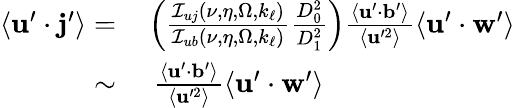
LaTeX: \begin{array}{rl}{\left\langle\mathbf{u}^{\prime}\cdot\mathbf{j}^{\prime}\right\rangle=}&{{}\left(\frac{\mathcal{I}_{uj}\left(\nu,\eta,\Omega,k_{\ell}\right)}{\mathcal{I}_{ub}\left(\nu,\eta,\Omega,k_{\ell}\right)}\frac{D_{0}^{2}}{D_{1}^{2}}\right)\frac{\left\langle\mathbf{u}^{\prime}\cdot\mathbf{b}^{\prime}\right\rangle}{\left\langle\mathbf{u}^{\prime 2}\right\rangle}\left\langle\mathbf{u}^{\prime}\cdot\mathbf{w}^{\prime}\right\rangle}\\ {\sim}&{{}\, \, \frac{\left\langle\mathbf{u}^{\prime}\cdot\mathbf{b}^{\prime}\right\rangle}{\left\langle\mathbf{u}^{\prime 2}\right\rangle}\left\langle\mathbf{u}^{\prime}\cdot\mathbf{w}^{\prime}\right\rangle}\end{array}